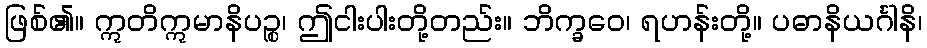
ဖြစ်၏။ ဣတိဣမာနိပဉ္စ၊ ဤငါးပါးတို့တည်း။ ဘိက္ခဝေ၊ ရဟန်းတို့။ ပဓာနိယင်္ဂါနိ၊